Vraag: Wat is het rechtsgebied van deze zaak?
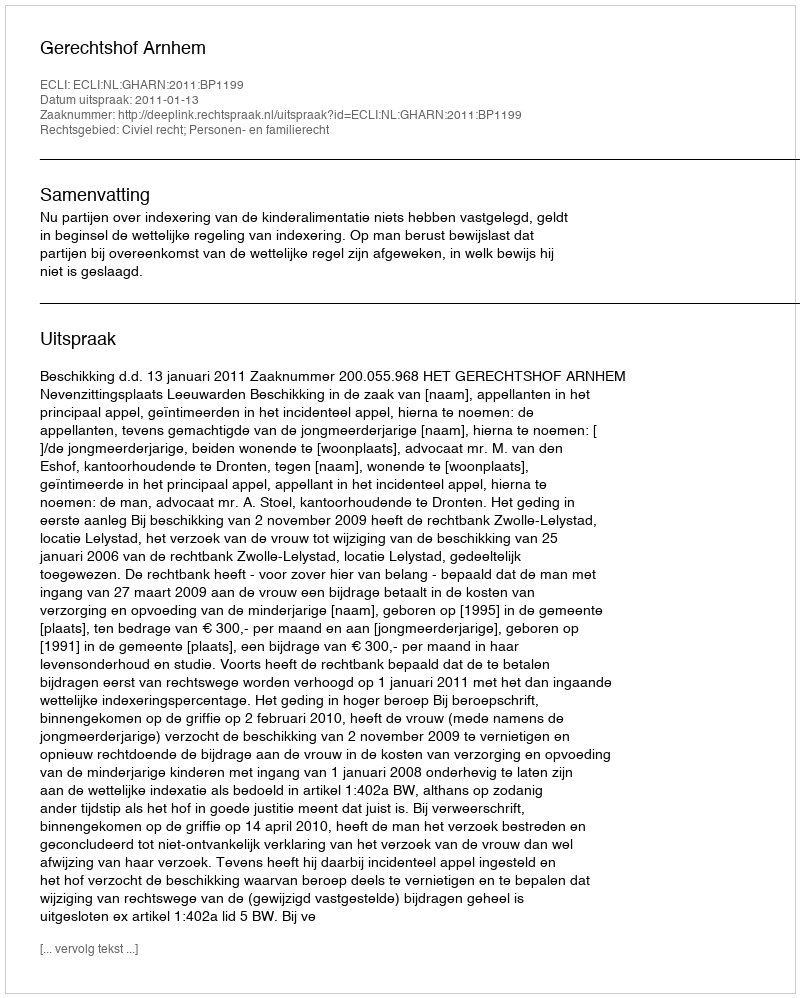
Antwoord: Civiel recht; Personen- en familierecht